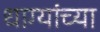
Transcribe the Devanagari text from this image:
धाग्यांच्या